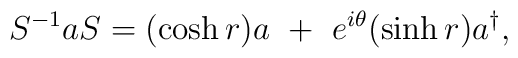
S^{-1}aS = (\cosh r)a ~+~e^{i\theta}(\sinh r)a^{\dagger} ,